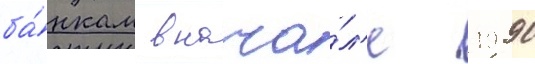
ба́нкам в нача́л'е 1990